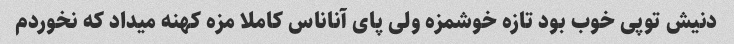
دنیش توپی خوب بود تازه خوشمزه ولی پای آناناس کاملا مزه کهنه میداد که نخوردم